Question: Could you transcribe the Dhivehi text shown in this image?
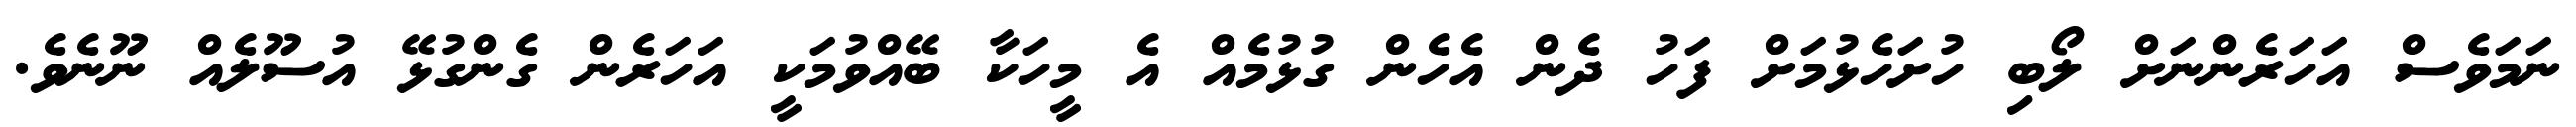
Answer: ނަމަވެސް އަހަރެންނަށް ލޯބި ހުށަހެޅުމަށް ފަހު ދެން އެހެން ގުޅުމެއް އެ މީހަކާ ބޭއްވުމަކީ އަހަރެން ގެންގުޅޭ އުސޫލެއް ނޫނެވެ.